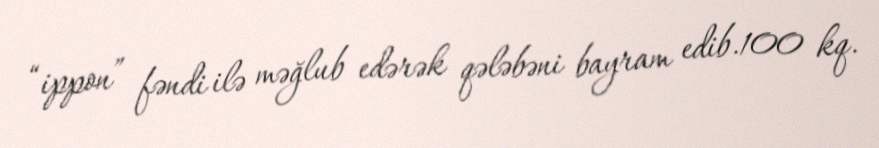
“ippon” fəndi ilə məğlub edərək qələbəni bayram edib.100 kq.